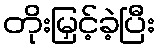
တိုးမြှင့်ခဲ့ပြီး